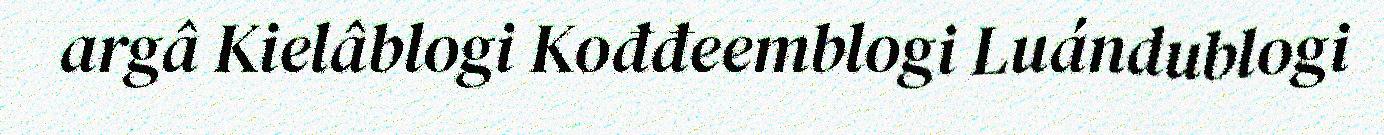
argâ Kielâblogi Kođđeemblogi Luándublogi